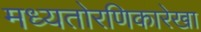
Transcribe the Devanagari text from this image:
मध्यतोरणिकारेखा